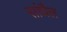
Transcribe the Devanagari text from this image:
सांघैल